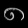
Digit: ၈